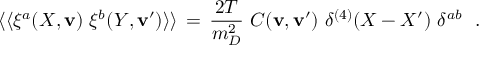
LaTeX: \langle \langle \xi ^ { a } ( X , { \mathbf v } ) \ \xi ^ { b } ( Y , { \mathbf v } ^ { \prime } ) \rangle \rangle \, = \, { \frac { 2 T } { m _ { D } ^ { 2 } } } \ C ( { \mathbf v } , { \mathbf v } ^ { \prime } ) \ \delta ^ { ( 4 ) } ( X - X ^ { \prime } ) \ \delta ^ { a b } \ \ .